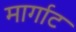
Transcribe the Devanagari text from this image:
मार्गाट